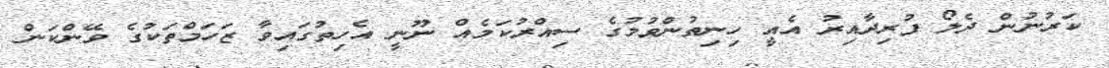
ކަރުނުން ދެލޯ ފުރިދާއިރު އެއީ ހިނިތުންވުމުގެ ސިއްރުކަމެއް ނޫނީ އެހިތުގައިވާ ޒަހަމްތަކުގެ ވޭންކަން